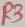
Text: R3